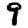
Digit: 9